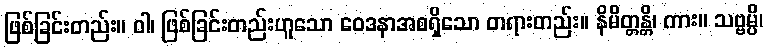
ဖြစ်ခြင်းတည်း။ ဝါ၊ ဖြစ်ခြင်းတည်းဟူသော ဝေဒနာအစရှိသော တရားတည်း။ နိမိတ္တန္တိ၊ ကား။ သဗ္ဗမ္ပိ၊